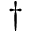
{ } ^ { \dagger }